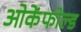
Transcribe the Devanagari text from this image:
ओकेंफोल्ड